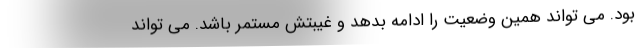
بود. می تواند همین وضعیت را ادامه بدهد و غیبتش مستمر باشد. می تواند